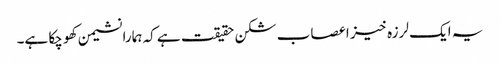
یہ ایک لرزہ خیز اعصاب شکن حقیقت ہے کہ ہمارا نشیمن کھو چکا ہے۔